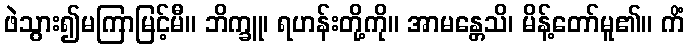
ဖဲသွား၍မကြာမြင့်မီ။ ဘိက္ခူ၊ ရဟန်းတို့ကို။ အာမန္တေသိ၊ မိန့်တော်မူ၏။ ကိံ